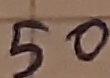
Text: 50